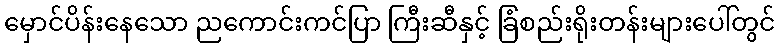
မှောင်ပိန်းနေသော ညကောင်းကင်ပြာ ကြီးဆီနှင့် ခြံစည်းရိုးတန်းများပေါ်တွင်